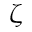
\zeta